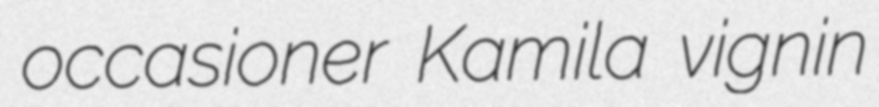
occasioner Kamila vignin